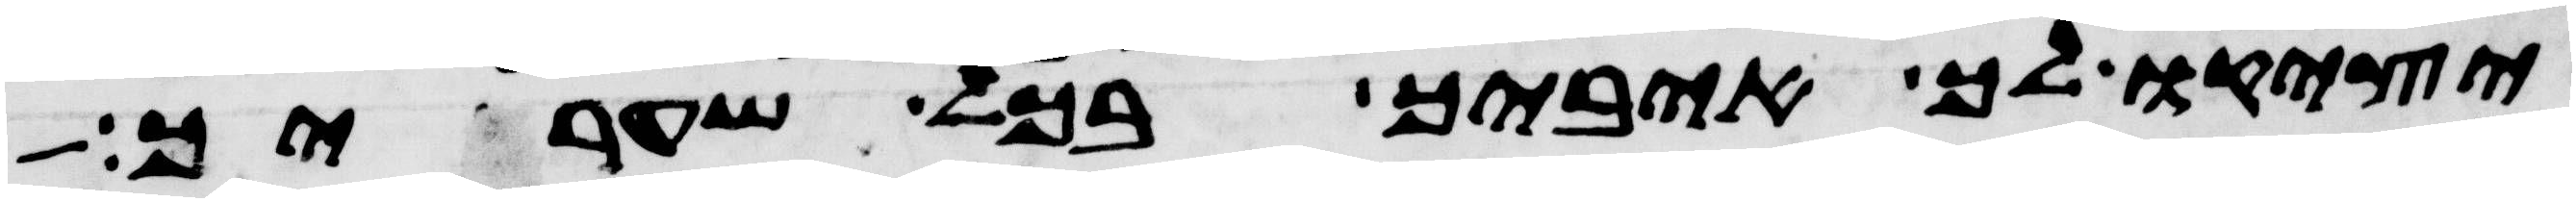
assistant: יציק לך איביך בכל שעריך